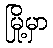
မြို့မှာ